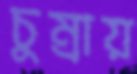
চুম্‌রায়